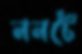
ননটে